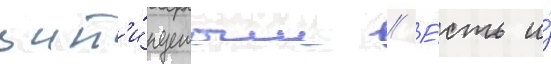
цит'и́руемым // Е́сть и́